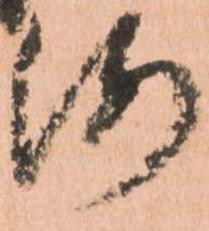
海